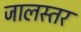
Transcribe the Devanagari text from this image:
जालस्तर